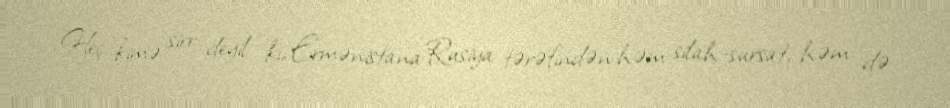
Heç kimə sirr deyil ki, Ermənistana Rusiya tərəfindən həm silah-sursat, həm də